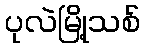
ပုလဲမြို့သစ်